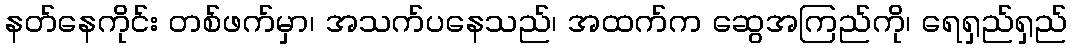
နတ်နေကိုင်း တစ်ဖက်မှာ၊ အသက်ပနေသည်၊ အထက်က ဆွေအကြည်ကို၊ ရေရှည်ရှည်